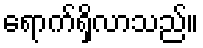
ရောက်ရှိလာသည်။